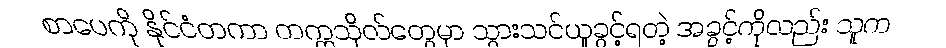
စာပေကို နိုင်ငံတကာ တက္ကသိုလ်တွေမှာ သွားသင်ယူခွင့်ရတဲ့ အခွင့်ကိုလည်း သူက